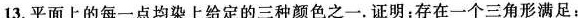
13.平面上的每一点均染上给定的三种颜色之一。证明：存在一个三角形满足：